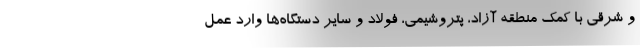
و شرقی با کمک منطقه آزاد، پتروشیمی، فولاد و سایر دستگاه‌ها وارد عمل